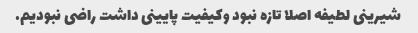
شیرینی لطیفه اصلا تازه نبود وکیفیت پایینی داشت راضی نبودیم.